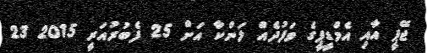
ޖޭޕީ އާއި އެމްޑީޕީގެ ވަފުދެއް ލަންކާ އަށް 25 ފެބުރުއަރީ 2015 23